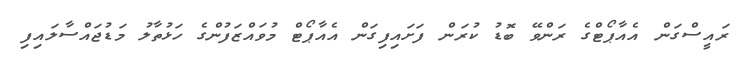
ރައީސްގަން އެއާޕޯޓްގެ ރަންވޭ ބޮޑު ކުރަން ފަށައިފިގަން އެއާޕޯޓް މުވައްޒަފުންގެ ހަޅުތާލު މަޑުޖައްސާލައިފި